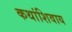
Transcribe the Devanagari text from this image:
कथांशिवाय